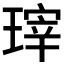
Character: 𱯙